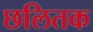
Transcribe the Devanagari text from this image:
छलितक